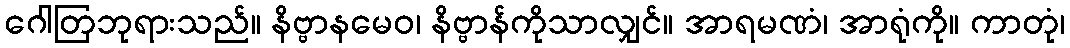
ဂေါတြဘုရားသည်။ နိဗ္ဗာနမေဝ၊ နိဗ္ဗာန်ကိုသာလျှင်။ အာရမဏံ၊ အာရုံကို။ ကာတုံ၊